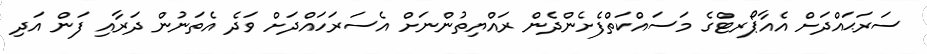
ސަރަޙައްދަށް އެއާޕޯރޓްގެ މަސައްކަތްފެށެންދެން ރައްޔިތުންނަށް އެސަރަހައްދަށް ވަދެ އެތަނުން ދަރާއި ފަން އަދި